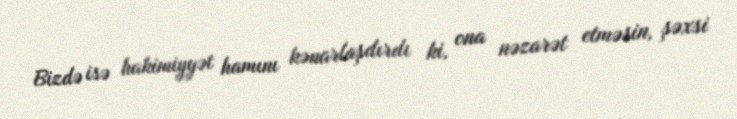
Bizdə isə hakimiyyət hamını kənarlaşdırdı ki, ona nəzarət etməsin, şəxsi